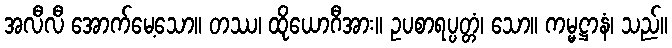
အလီလီ အောက်မေ့သော။ တဿ၊ ထိုယောဂီအား။ ဥပစာရပ္ပတ္တံ၊ သော။ ကမ္မဋ္ဌာနံ၊ သည်။